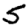
Digit: 5